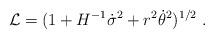
LaTeX: \begin{align*}{\cal L}= (1+H^{-1}\dot \sigma^2+r^2 \dot \theta^2)^{1/2}\ .\end{align*}